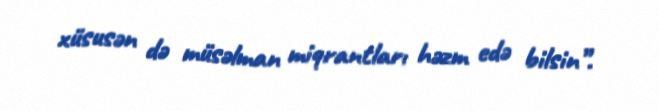
xüsusən də müsəlman miqrantları həzm edə bilsin”.